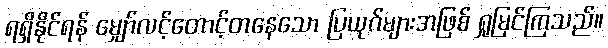
ရရှိနိုင်ရန် မျှော်လင့်တောင့်တနေသော ပြယုဂ်များအဖြစ် ရှုမြင်ကြသည်။